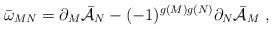
LaTeX: \begin{align*}\bar \omega_{MN} = \partial_M \bar{\cal{A}}_N - (-1)^{g(M)g(N)} \partial_N\bar {\cal{A}}_M\ ,\end{align*}